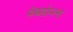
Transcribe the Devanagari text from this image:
मेकडोनल्ड